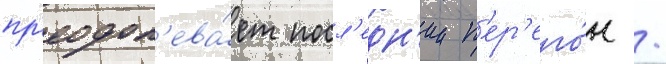
пр'еодол'ева́ет посл'едн'ии п'ер'его́н /